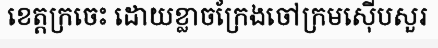
ខេត្តក្រចេះ ដោយខ្លាចក្រែងចៅក្រមស៊ើបសួរ